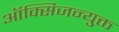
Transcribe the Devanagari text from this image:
ऑक्सिजन्युक्त